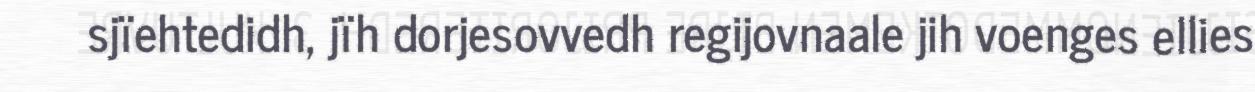
sjïehtedidh, jïh dorjesovvedh regijovnaale jih voenges ellies